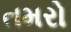
તમરો